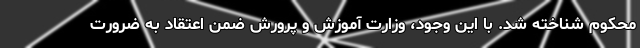
محکوم شناخته شد. با این وجود، وزارت آموزش و پرورش ضمن اعتقاد به ضرورت